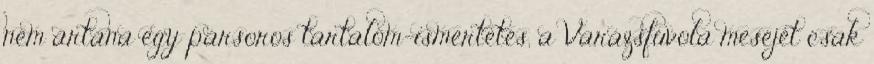
nem ártana egy pársoros tartalom-ismertetés, a Varázsfuvola meséjét csak